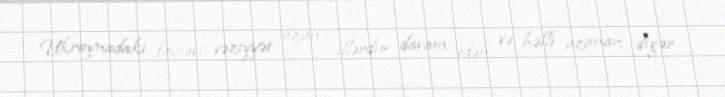
Ukraynadakı faciəvi vəziyyət uzun illərdir davam edən və həlli uzanan digər